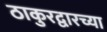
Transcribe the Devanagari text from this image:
ठाकुरद्वारच्या